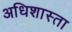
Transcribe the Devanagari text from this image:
अधिशास्ता